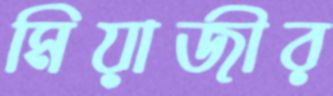
মিয়াজীর